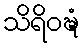
သိရိဝဍ္ဎံ